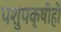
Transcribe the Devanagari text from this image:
पशुपक्षीही